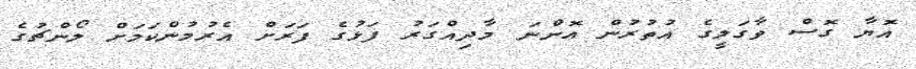
އޮޔާ ގޮސް ވާގަލީގެ އުތުރުން އޮންނަ މާދިއްގަރު ފަޅުގެ ފަރަށް އެރުމުންކަމަށް ލޯންޗުގެ